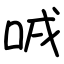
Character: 㖅